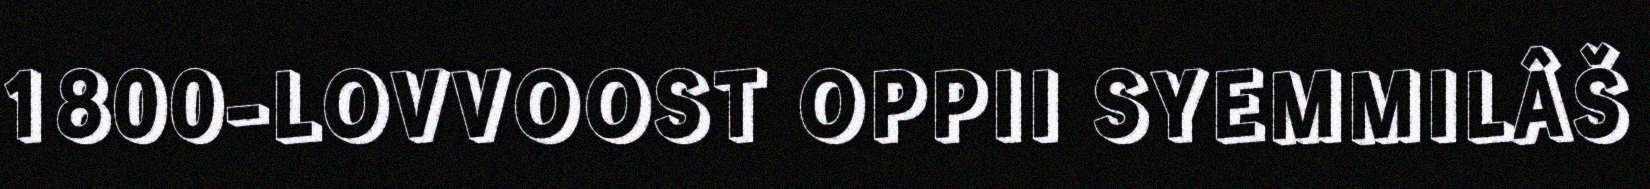
1800-LOVVOOST OPPII SYEMMILÂŠ